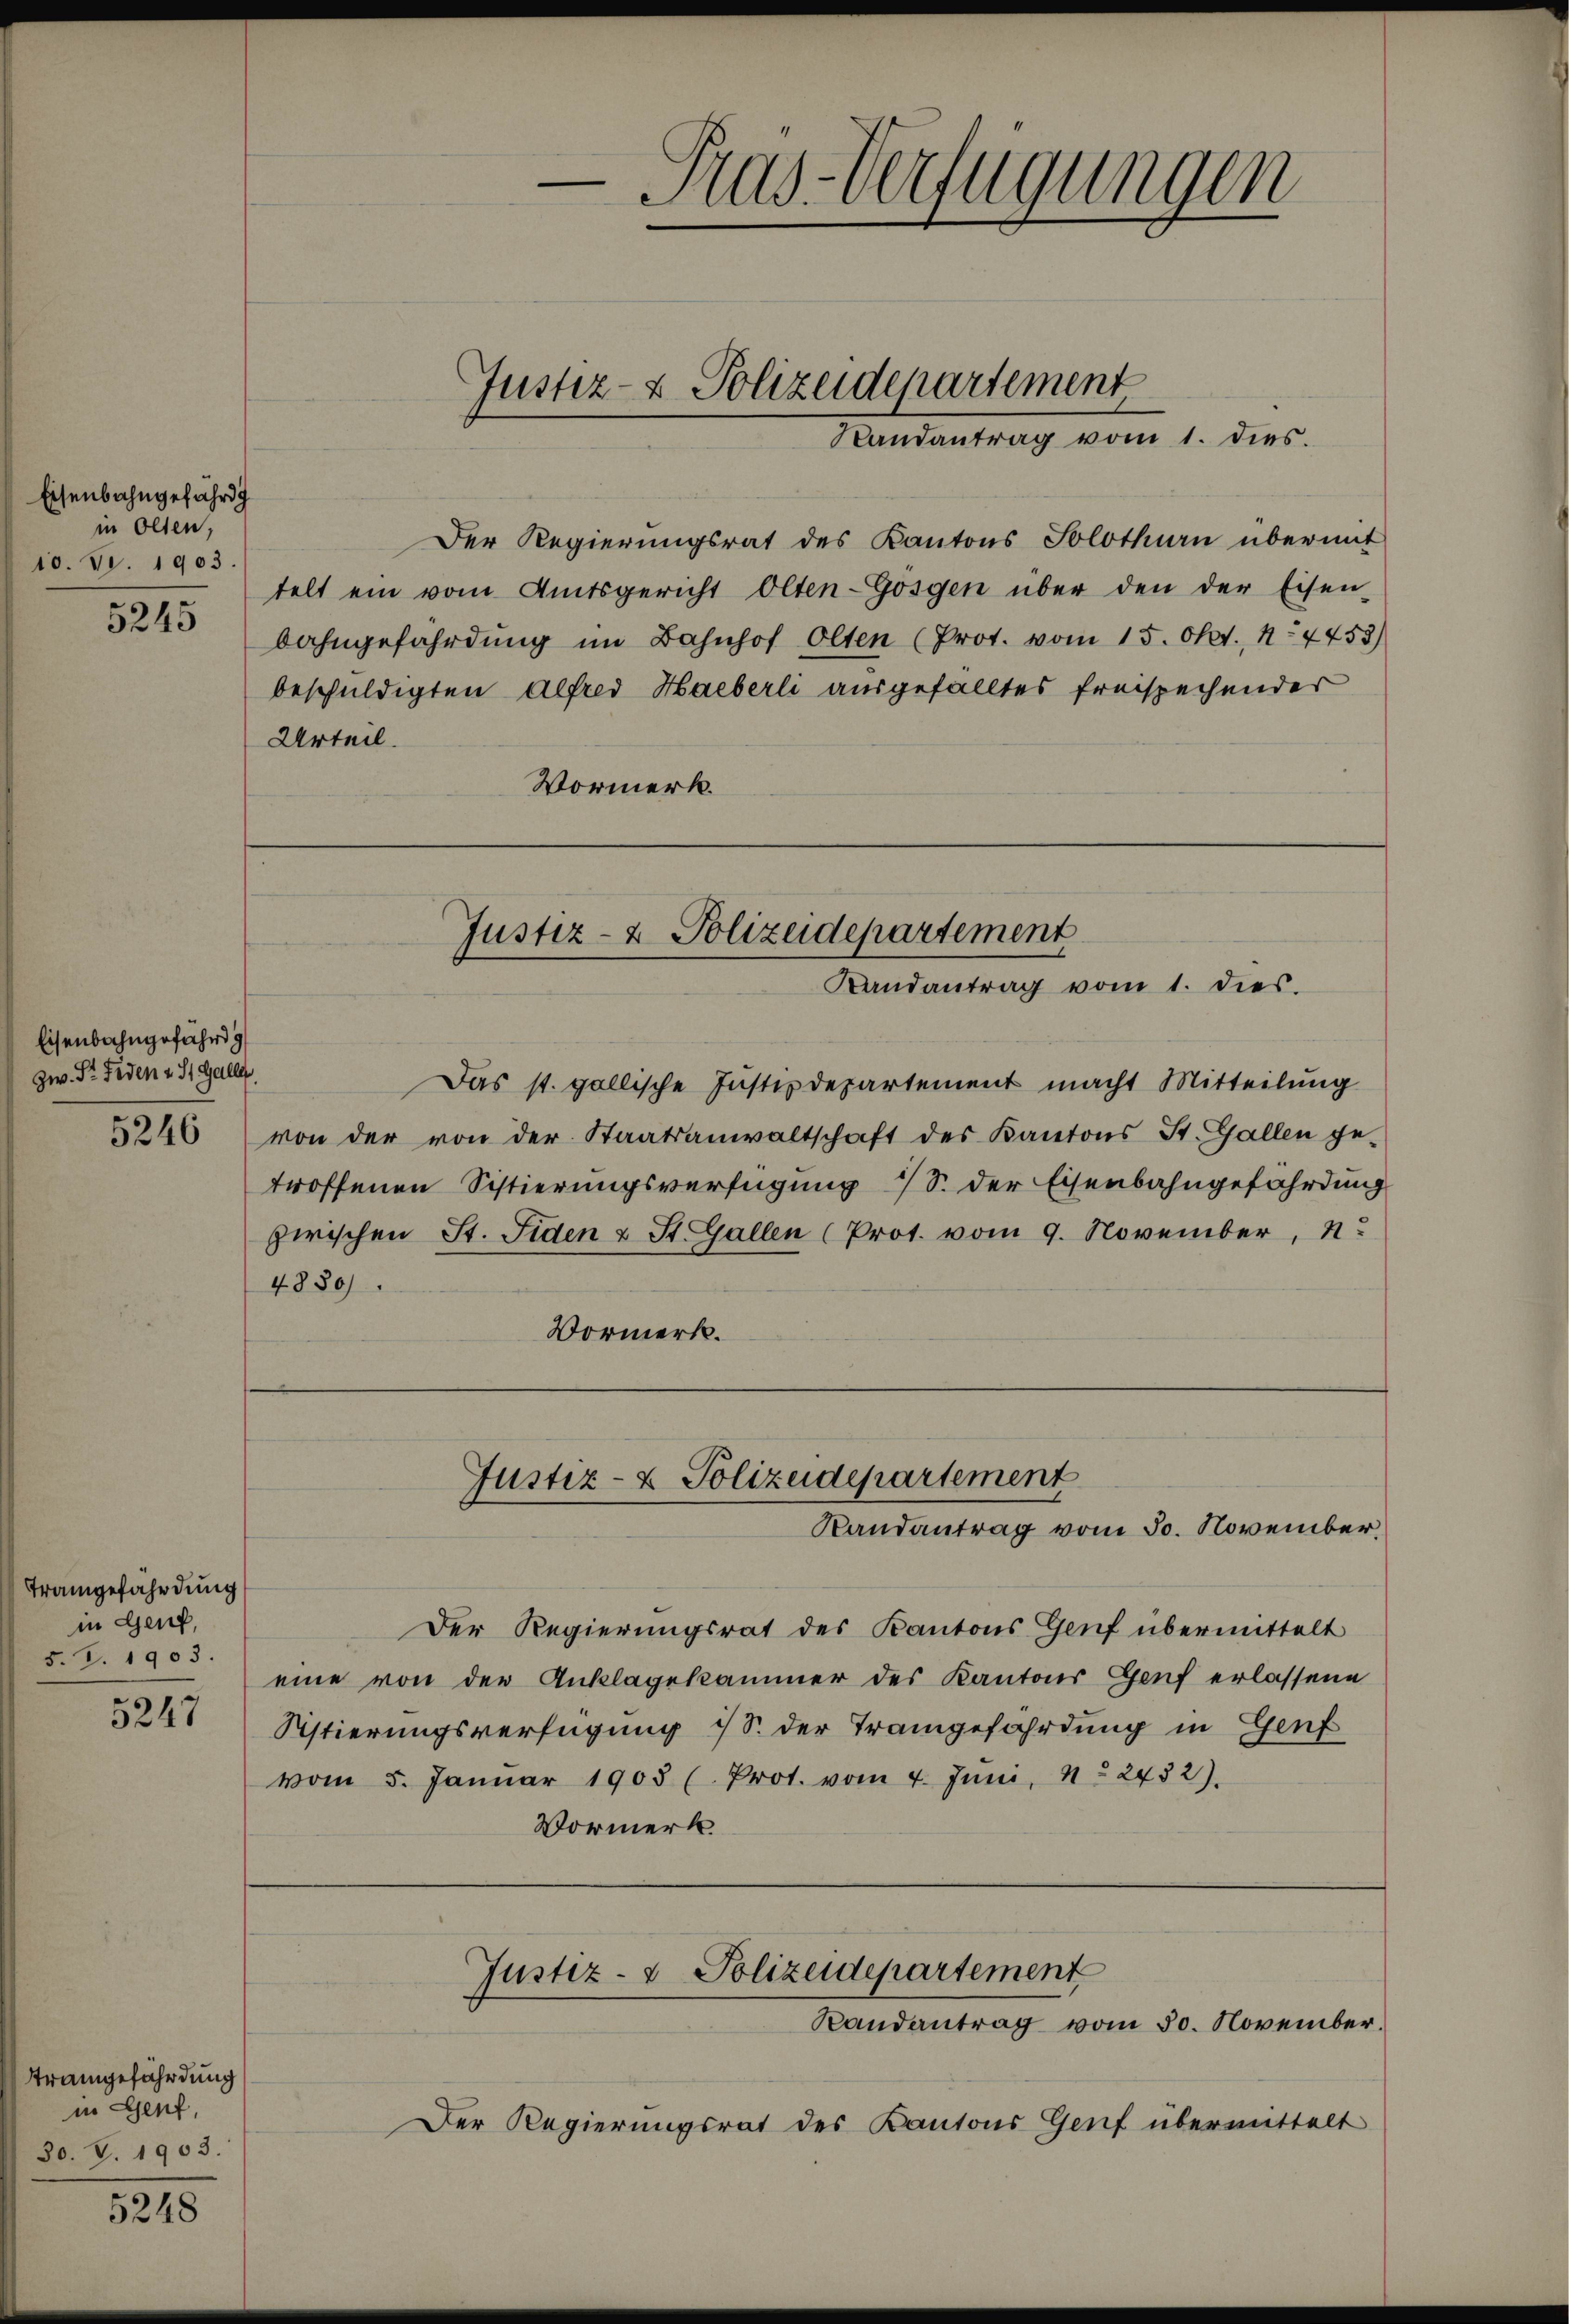
Eisenbahngefährig
in Olten,
10. Fr. 1903.
5245

Eisenbahngefährig
zw. S. Fidenz St. Galle

Trangefährdung
in Genf,
5. Z. 1903.
5247

Ttrangefährdung
in Genf,
30. V. 1903.

5248

Urteil.

Der Regierungsrat des Kantons Solothurn übermit
telt ein vom Amtsgericht Olten-Gösgen über den der Eisen-
bahngefährdung im Bahnhof Olten (Prot. vom 15. Okt., 14453)
beschuldigten Alfred Haeberli ausgefälltes freispachender
Vormerk.

Justiz- & Polizeidepartement
Randantrag vom 1. dies.

Das st. gallische Justizdepartement macht Mitteilung
5246 von der von der Staatsanwaltschaft des Kantons St. Gallen ge-
troffenen Sistierungsverfügung 1 S. der Eisenbahngefährdung
zwischen St. Fiden u St. Gallen (Prot. vom 9. November,
4880.
Vormerk.

e
Pas-Verfügungen

Justiz- & Polizeidepartement
Randantrag vom 1. dies

Justiz- & Polizeidepartement
Randantrag vom 30. November,

Der Regierungsrat des Kantons Genf übermittelt
eine von der Anklagekammer des Kantons Genf erlassene
Sistierungsverfügung (S. der Trangefährdung in Genf
vom 5. Janŭar 1905 (Prot. vom 4. Jŭni, 1. 2432).
Vormerk.

Justiz- & Polizeidepartement
Randantrag vom 30. November.

Der Regierungsrat des Kantons Genf übermittelt